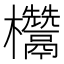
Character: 𭭁